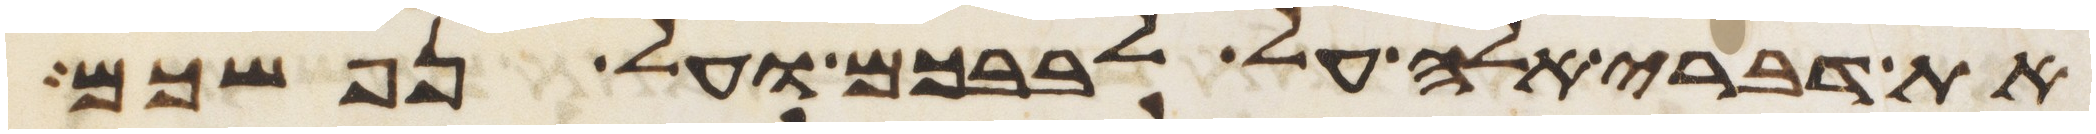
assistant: את דברי אלה על לבבכם ועל נפשכם